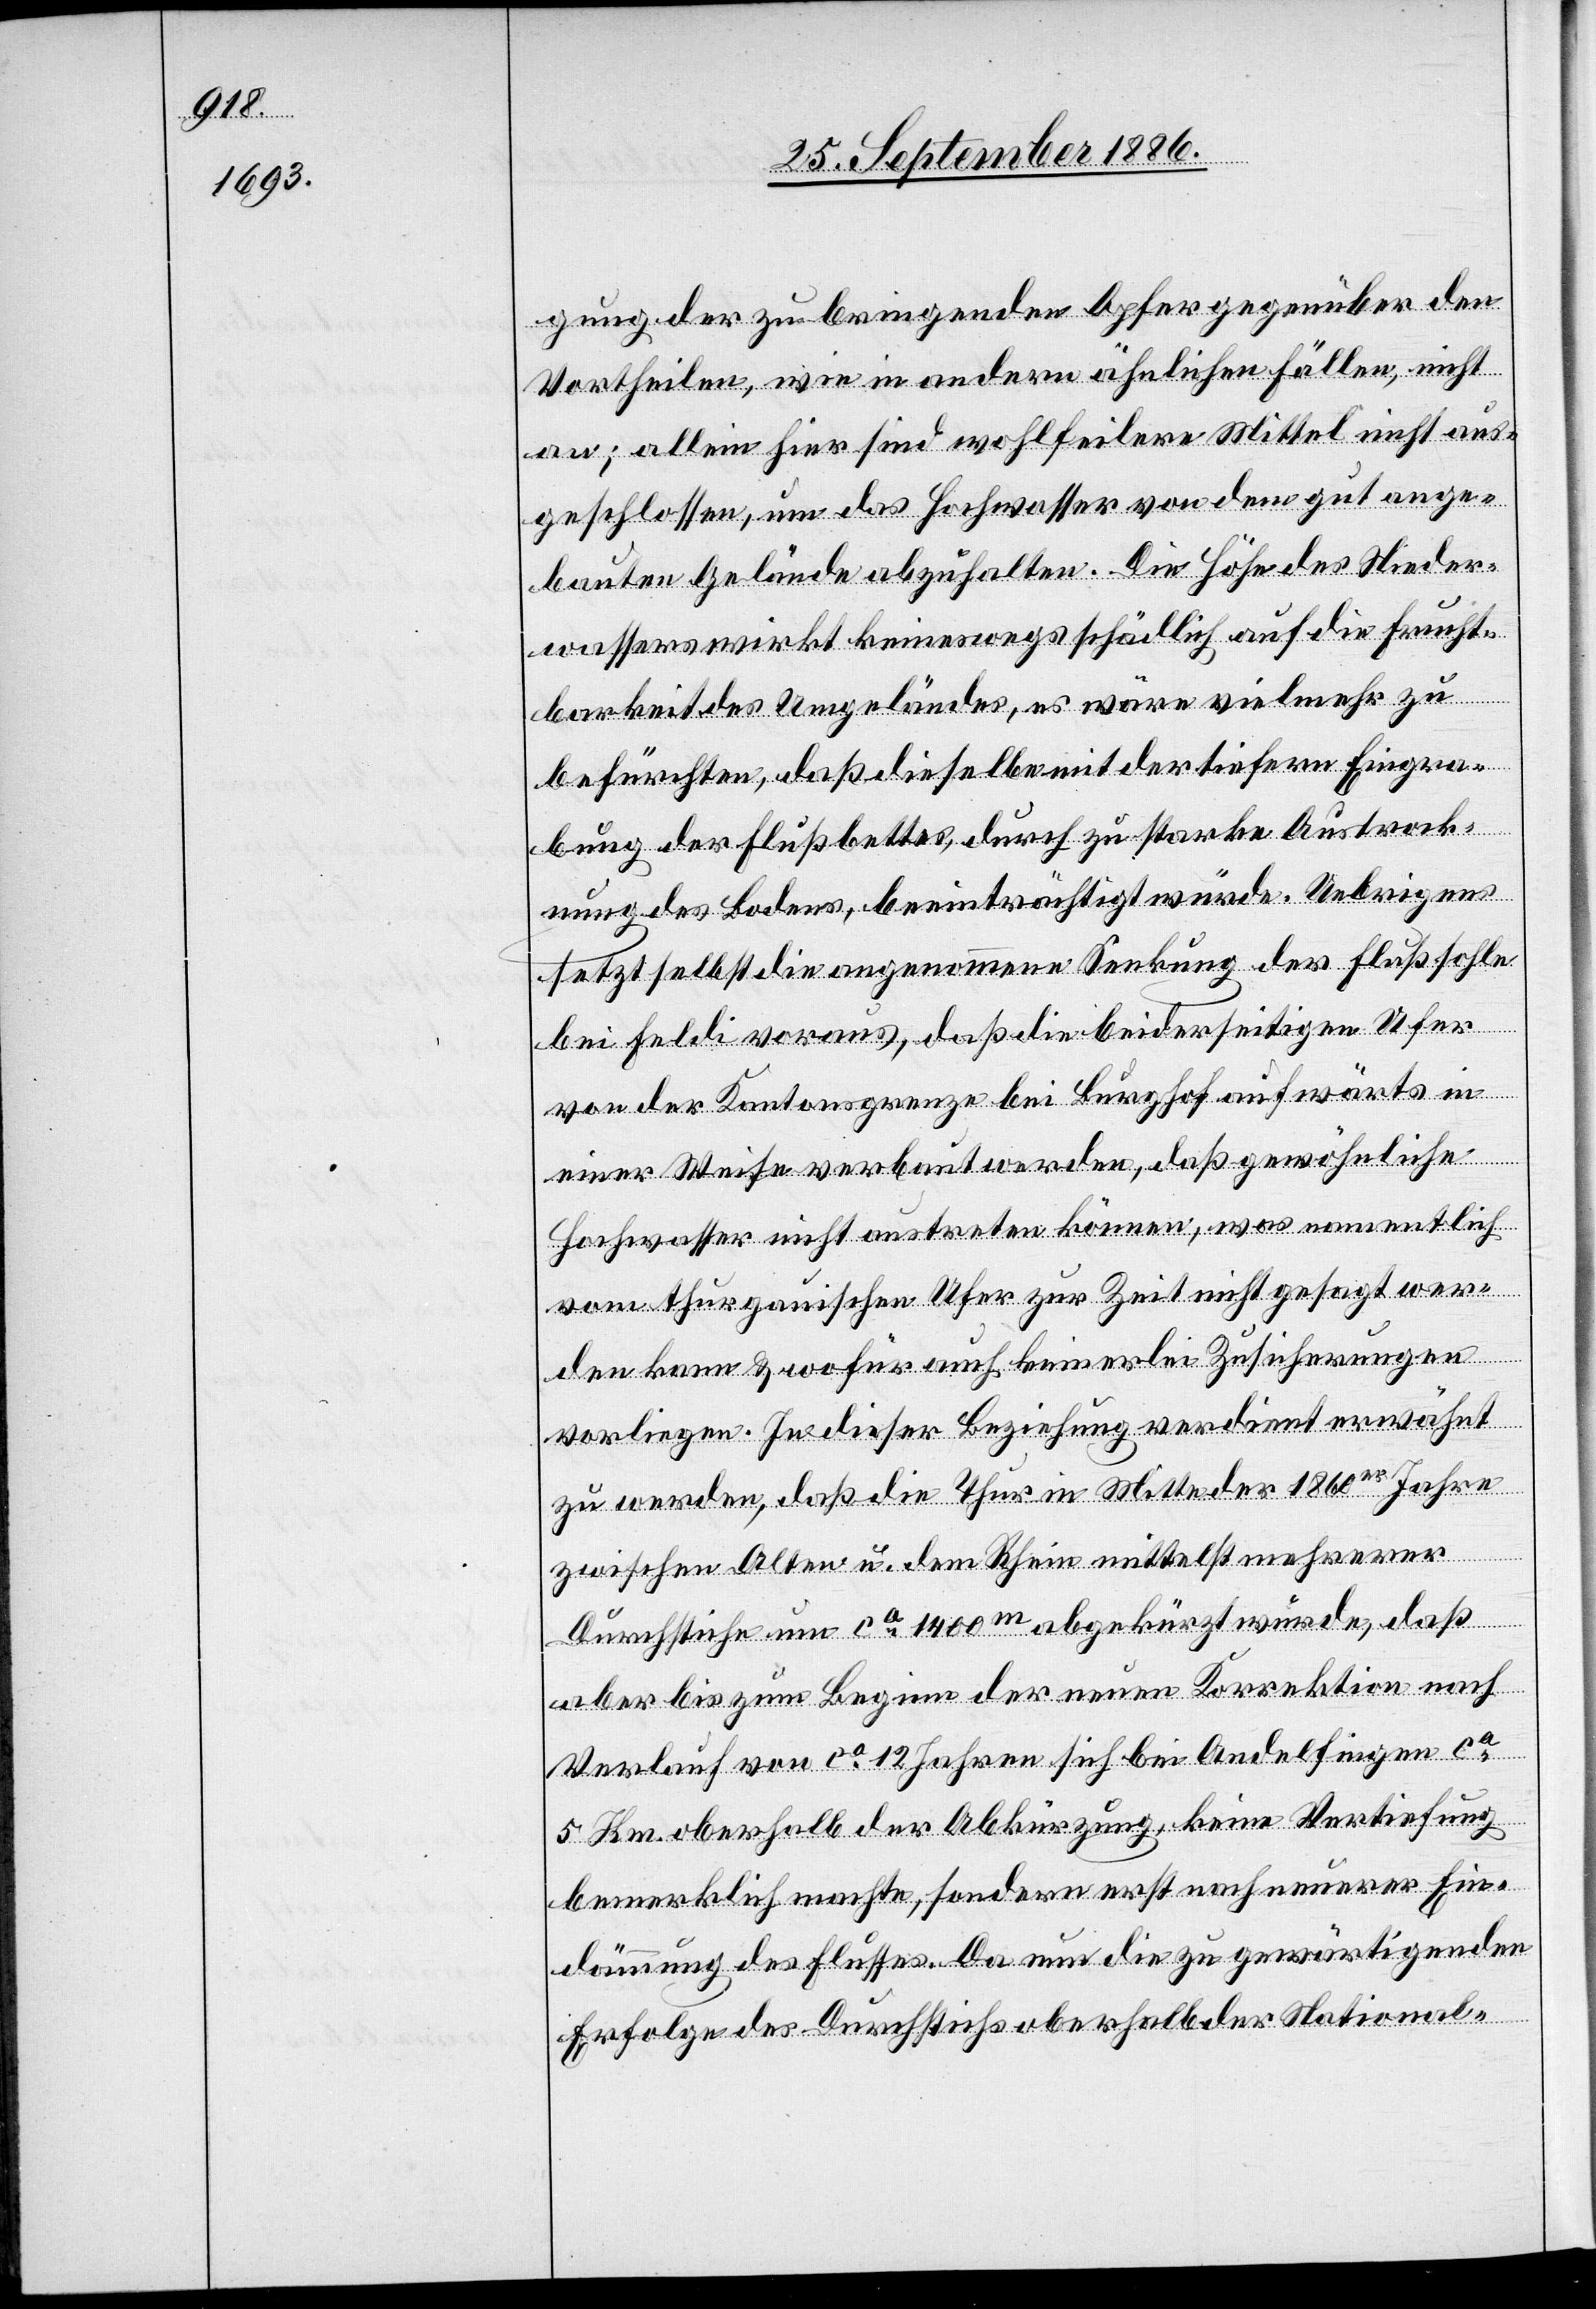
gung der zu bringenden Opfer gegenüber den
Vortheilen, wie in andern ähnlichen Fällen, nicht
an; allein hier sind wohlfeilere Mittel nicht aus¬
geschlossen, um das Hochwasser von dem gut ange¬
bauten Gelände abzuhalten. Die Höhe des Nieder¬
wassers wirkt keineswegs schädlich auf die Frucht¬
barkeit des Umgeländes, es wäre vielmehr zu
befürchten, daß dieselbe mit der tiefern Eingra¬
bung des Flußbettes, durch zu starke Austrock¬
nung des Bodens, beeinträchtigt würde. Uebrigens
setzt selbst die angenommene Senkung der Flußsohle
bei Feldi voraus, daß die beiderseitigen Ufer
von der Kantonsgrenze bei Burghof aufwärts in
einer Weise verbaut werden, daß gewöhnliche
Hochwasser nicht austreten können; was namentlich
vom thurgauischen Ufer zur Zeit nicht gesagt wer¬
den kann & wofür auch keinerlei Zusicherungen
vorliegen. In dieser Beziehung verdient erwähnt
zu werden, daß die Thur in Mitte der 1860er Jahre
zwischen Alten u. dem Rhein mittelst mehrerer
Durchstiche um ca 1400m abgekürzt wurde, daß
aber bis zum Beginn der neuen Korrektion nach
Verlauf von ca 12 Jahren sich bei Andelfingen ca
5 Km oberhalb der Abkürzung, keine Vertiefung
bemerklich machte, sondern erst nach neuerer Ein¬
dämmung des Flusses. Da nun die zu gewärtigenden
Erfolge des Durchstichs oberhalb der National-